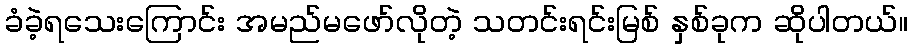
ခံခဲ့ရသေးကြောင်း အမည်မဖော်လိုတဲ့ သတင်းရင်းမြစ် နှစ်ခုက ဆိုပါတယ်။